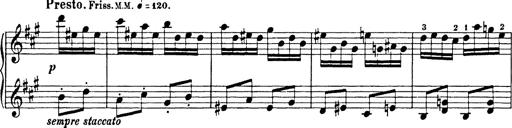
Title: Hungarian Rhapsody No.18
Composer: Franz Liszt
Key: F-sharp minor